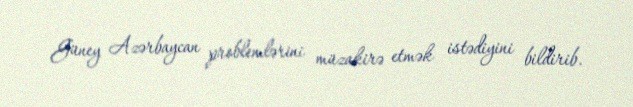
Güney Azərbaycan problemlərini müzakirə etmək istədiyini bildirib.